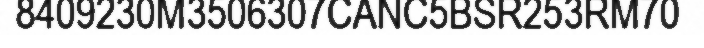
8409230M3506307CANC5BSR253RM70